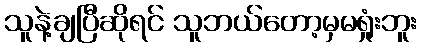
သူနဲ့ချပြီဆိုရင် သူဘယ်တော့မှမရှုံးဘူး